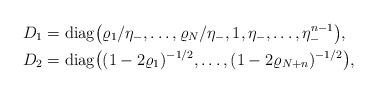
LaTeX: \begin{align*} D_{1} &= \mathrm{diag}\big(\varrho_1 / \eta_{-}, \ldots, \varrho_N / \eta_{-}, 1, \eta_{-}, \ldots, \eta_{-}^{n-1}\big), \\ D_{2} &= \mathrm{diag}\big((1 - 2\varrho_{1})^{-1/2}, \ldots, (1 - 2\varrho_{N+n})^{-1/2}\big), \end{align*}